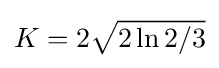
K=2{\sqrt {2\ln 2/3}}